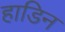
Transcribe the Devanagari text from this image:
हाडिन